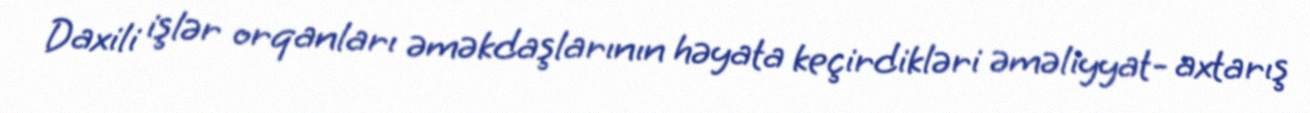
Daxili işlər orqanları əməkdaşlarının həyata keçirdikləri əməliyyat- axtarış